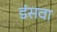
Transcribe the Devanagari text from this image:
डंसवा